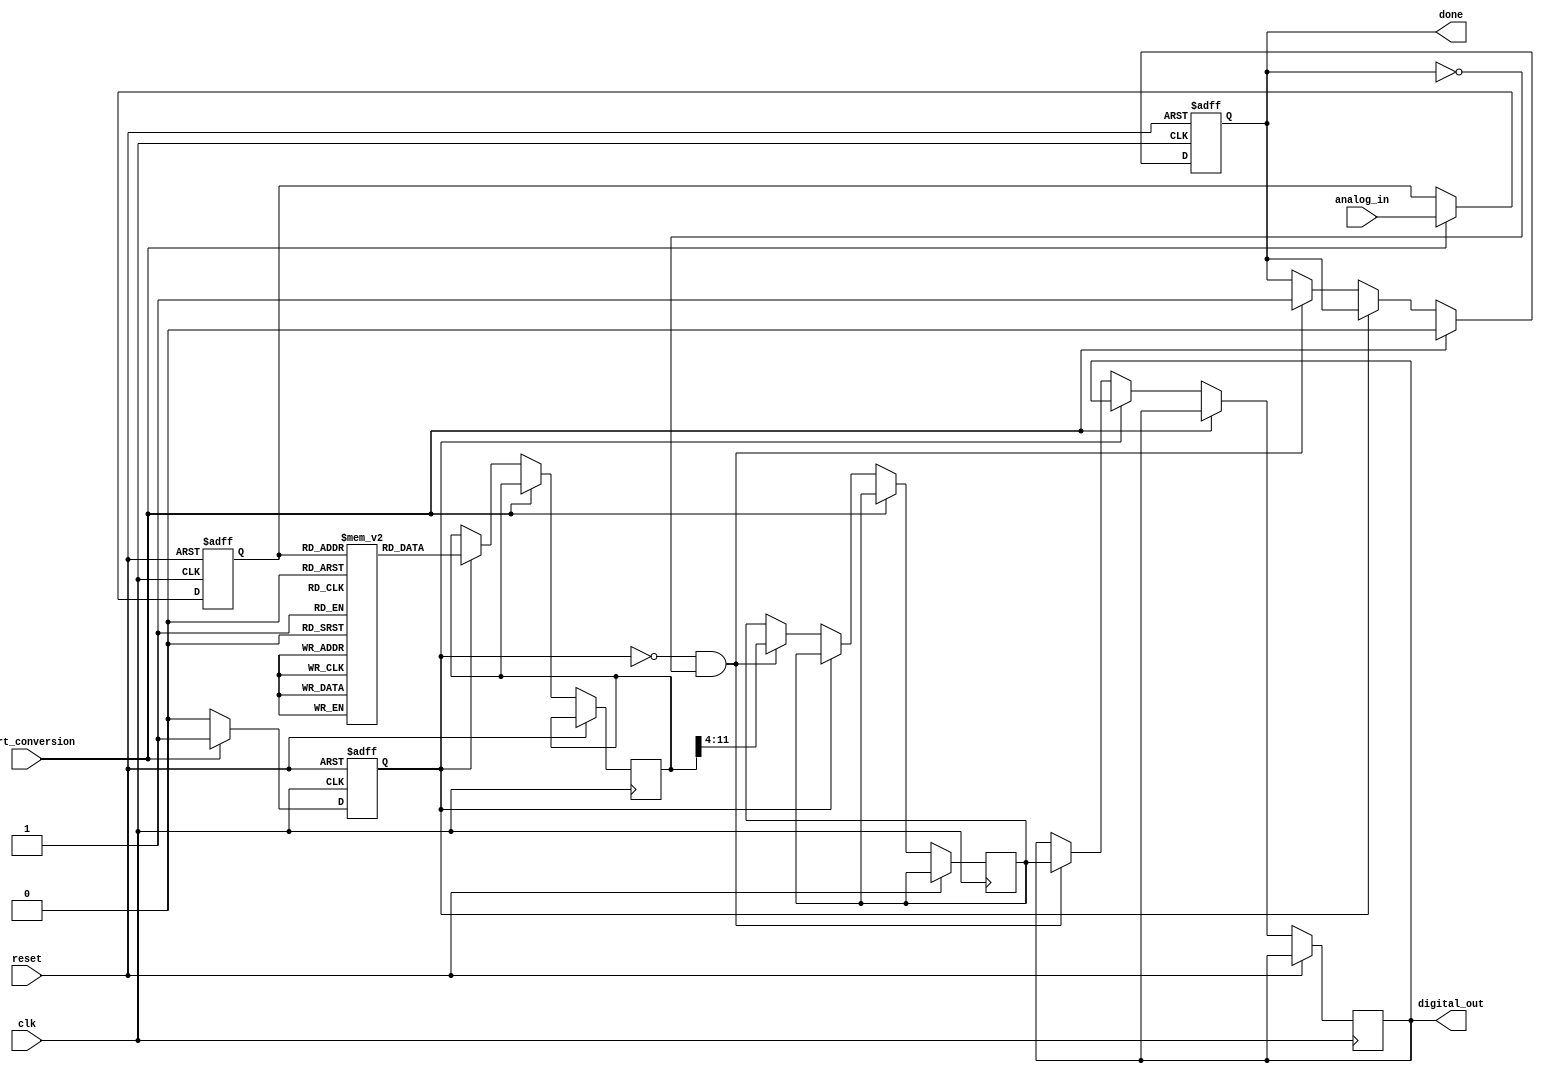
module Logarithmic_ADC (
    input wire clk,                     // Clock input
    input wire reset,                   // Reset signal
    input wire [11:0] analog_in,       // 12-bit analog input (representing the analog signal)
    input wire start_conversion,        // Control signal to start conversion
    output reg [7:0] digital_out,       // 8-bit digital output
    output reg done                     // Signal that conversion is done
);

    reg [11:0] sample_hold;             // Holds the sampled analog input value
    reg [11:0] log_output;              // Holds the logarithmic output
    reg [7:0] quantized_output;         // Holds the quantized output value
    reg state;                          // State variable for control

    // Simple lookup table for logarithmic values
    reg [11:0] log_lut [0:4095]; // LUT for input values from 0 to 4095
    initial begin
        // Initialize the lookup table with logarithmic values
        // Example: log_lut[0] = 0, log_lut[1] = 0, ..., log_lut[n] = log2(n) * scale_factor
        // Fill with appropriate values here based on requirements.
        // For example, using a logarithmic scale and fixed-point representation.
    end

    // Sample and Hold Circuit
    always @(posedge clk or posedge reset) begin
        if (reset) begin
            sample_hold <= 12'b0;
            state <= 1'b0;
            done <= 1'b0;
        end else if (start_conversion) begin
            sample_hold <= analog_in;  // Capture analog input
            state <= 1'b1;              // Move to logarithmic conversion state
            done <= 1'b0;
        end else if (state) begin
            // Perform logarithmic conversion using the LUT
            log_output <= log_lut[sample_hold]; // Lookup logarithmic value
            state <= 1'b0;                // Move to quantization state
        end else if (!state && !done) begin
            // Quantization step
            quantized_output <= log_output[11:4]; // Simple truncation to 8 bits
            digital_out <= quantized_output; // Assign final output
            done <= 1'b1; // Indicate conversion is done
        end
    end

endmodule